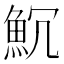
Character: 𩵨